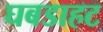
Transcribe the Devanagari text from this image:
घबडाहट